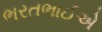
ભરતભાઈએ